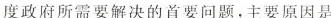
度政府所需要解决的首要问题，主要原因是